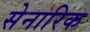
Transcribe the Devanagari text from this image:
सेनारिक